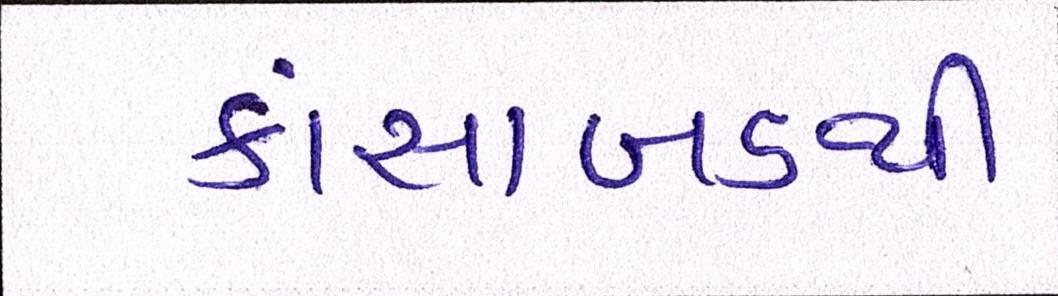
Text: કાંસાબડથી